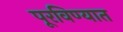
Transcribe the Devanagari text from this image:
पूरविण्यात